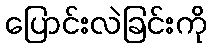
ပြောင်းလဲခြင်းကို